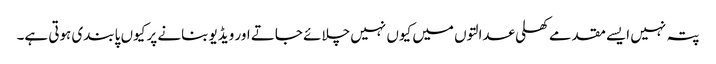
پتہ نہیں ایسے مقدمے کھلی عدالتوں میں کیوں نہیں چلائے جاتے اور ویڈیو بنانے پر کیوں پابندی ہوتی ہے۔